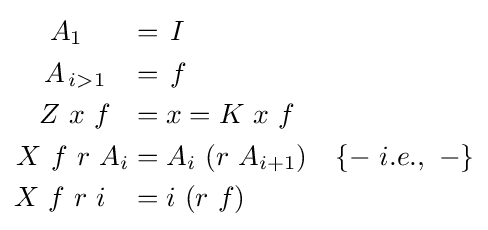
{\begin{aligned}A_{1}\,\,\,\,\,\,\,\,\,\,&=\,I\\A_{\,i>1}\,\,\,\,\,&=\,f\\Z\ x\ f\,\,\,\,&=x=K\ x\ f\\X\ f\ r\ A_{i}&=A_{i}\ (r\ A_{i+1})\,\,\,\,\,\,\{-\ i.e.,\ -\}\\X\ f\ r\ i\,\,\,\,\,&=i\ (r\ f)\end{aligned}}